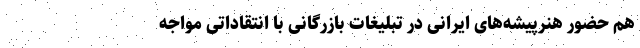
هم حضور هنرپیشه‌های ایرانی در تبلیغات بازرگانی با انتقاداتی مواجه